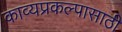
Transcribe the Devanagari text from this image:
काव्यप्रकल्पासाठी